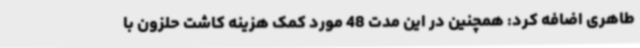
طاهری اضافه کرد: همچنین در این مدت 48 مورد کمک هزینه کاشت حلزون با